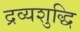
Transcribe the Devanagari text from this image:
द्रव्यशुद्धि